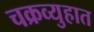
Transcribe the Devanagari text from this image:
चक्रव्युहात